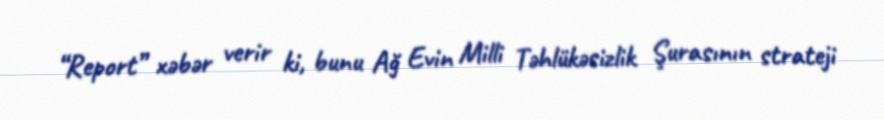
“Report” xəbər verir ki, bunu Ağ Evin Milli Təhlükəsizlik Şurasının strateji